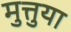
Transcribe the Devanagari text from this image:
मुत्तुया